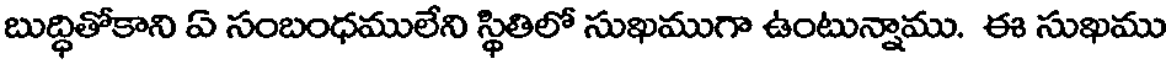
బుద్ధితోకాని ఏ సంబంధములేని స్థితిలో సుఖముగా ఉంటున్నాము. ఈ సుఖము